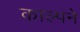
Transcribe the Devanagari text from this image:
काल्पने